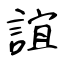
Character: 誼